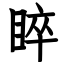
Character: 睟